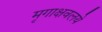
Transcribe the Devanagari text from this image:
मृगाक्षवलये